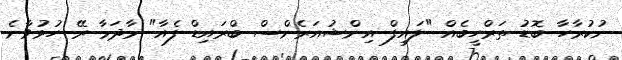
ނުކުރާހާ ބޮޑު ތަރްހީބެއް "ލައިފް އިންޝުއަރެންސް ބްރައިޑް ފެއާ" މާދަމާ ރޭ ހުޅުވާނެ